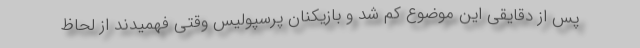
پس از دقایقی این موضوع کم شد و بازیکنان پرسپولیس وقتی فهمیدند از لحاظ